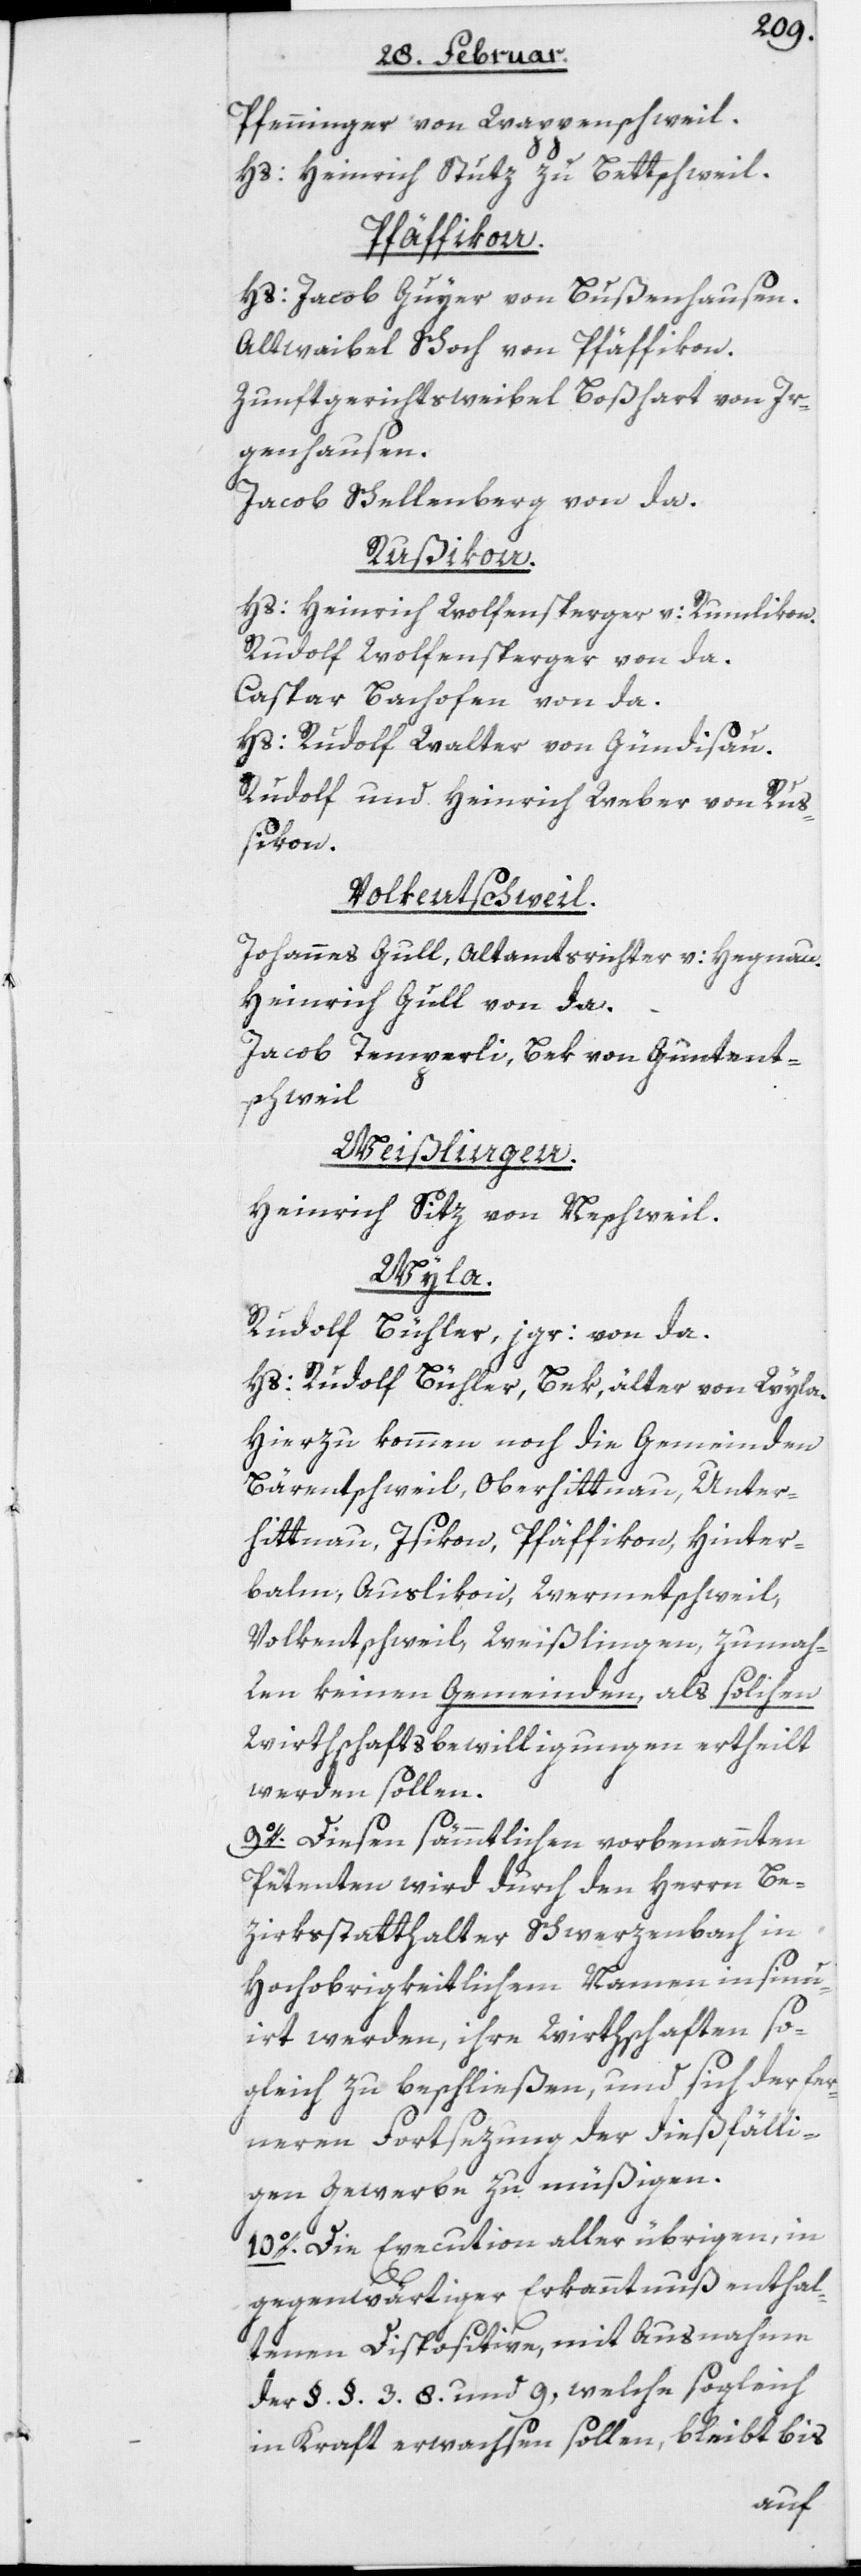
Pfenninger von Wappenschweil.
Hs: Heinrich Stutz zu Bettschweil.
Pfäffikon.
Hs: Jacob Guyer von Bußenhausen.
Altwaibel Schoch von Pfäffikon.
Zunftgerichtsweibel Boßhart von Ir¬
genhausen.
Jacob Schellenberg von da.
Rußikon.
Hs: Heinrich Wolfensperger v: Rumlikon.
Rudolf Wolfensperger von da.
Caspar Bachofen von da.
Hs: Rudolf Walter von Gündisau.
Rudolf und Heinrich Weber von Ru¬
ßikon.
Volkentschweil.
Johannes Gull, Altamtsrichter v: Hegnau.
Heinrich Gull von da.
Jacob Temperli, Bek von Guntent¬
schweil
Weißlingen.
Heinrich Sitz von Neschweil.
Wyla.
Rudolf Bühler, jgr: von da.
Hs: Rudolf Bühler, Bek, älter von Wyla.
Hierzu kommen noch die Gemeinden
Bärentschweil, Oberhittnau, Unter¬
hittnau, Isikon, Pfäffikon, Hinter¬
balm, Auslikon, Wermetschweil,
Volkentschweil, Weißlingen, zumah¬
len keinen Gemeinden, als solchen
Wirthschaftsbewilligungen ertheilt
werden sollen.
9o. Diesen sämmtlichen vorbenannten
Petenten wird durch den Herrn Be¬
zirksstatthalter Schwerzenbach in
Hochobrigkeitlichem Namen insinu¬
irt werden, ihre Wirthschaften so¬
gleich zu beschließen, und sich der fer¬
neren Fortsezung der dießfälli¬
gen Gewerbe zu müßigen.
10o. Die Execution aller übrigen, in
gegenwärtiger Erkanntnuß enthal¬
tenen Dispositive, mit Ausnahme
der §. §. 3.[,] 8. und 9, welche sogleich
in Kraft erwachsen sollen, bleibt bis